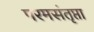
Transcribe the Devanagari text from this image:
परमसंतृप्ता